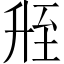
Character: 𬛲